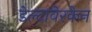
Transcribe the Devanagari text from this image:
डेल्टावेरकेन